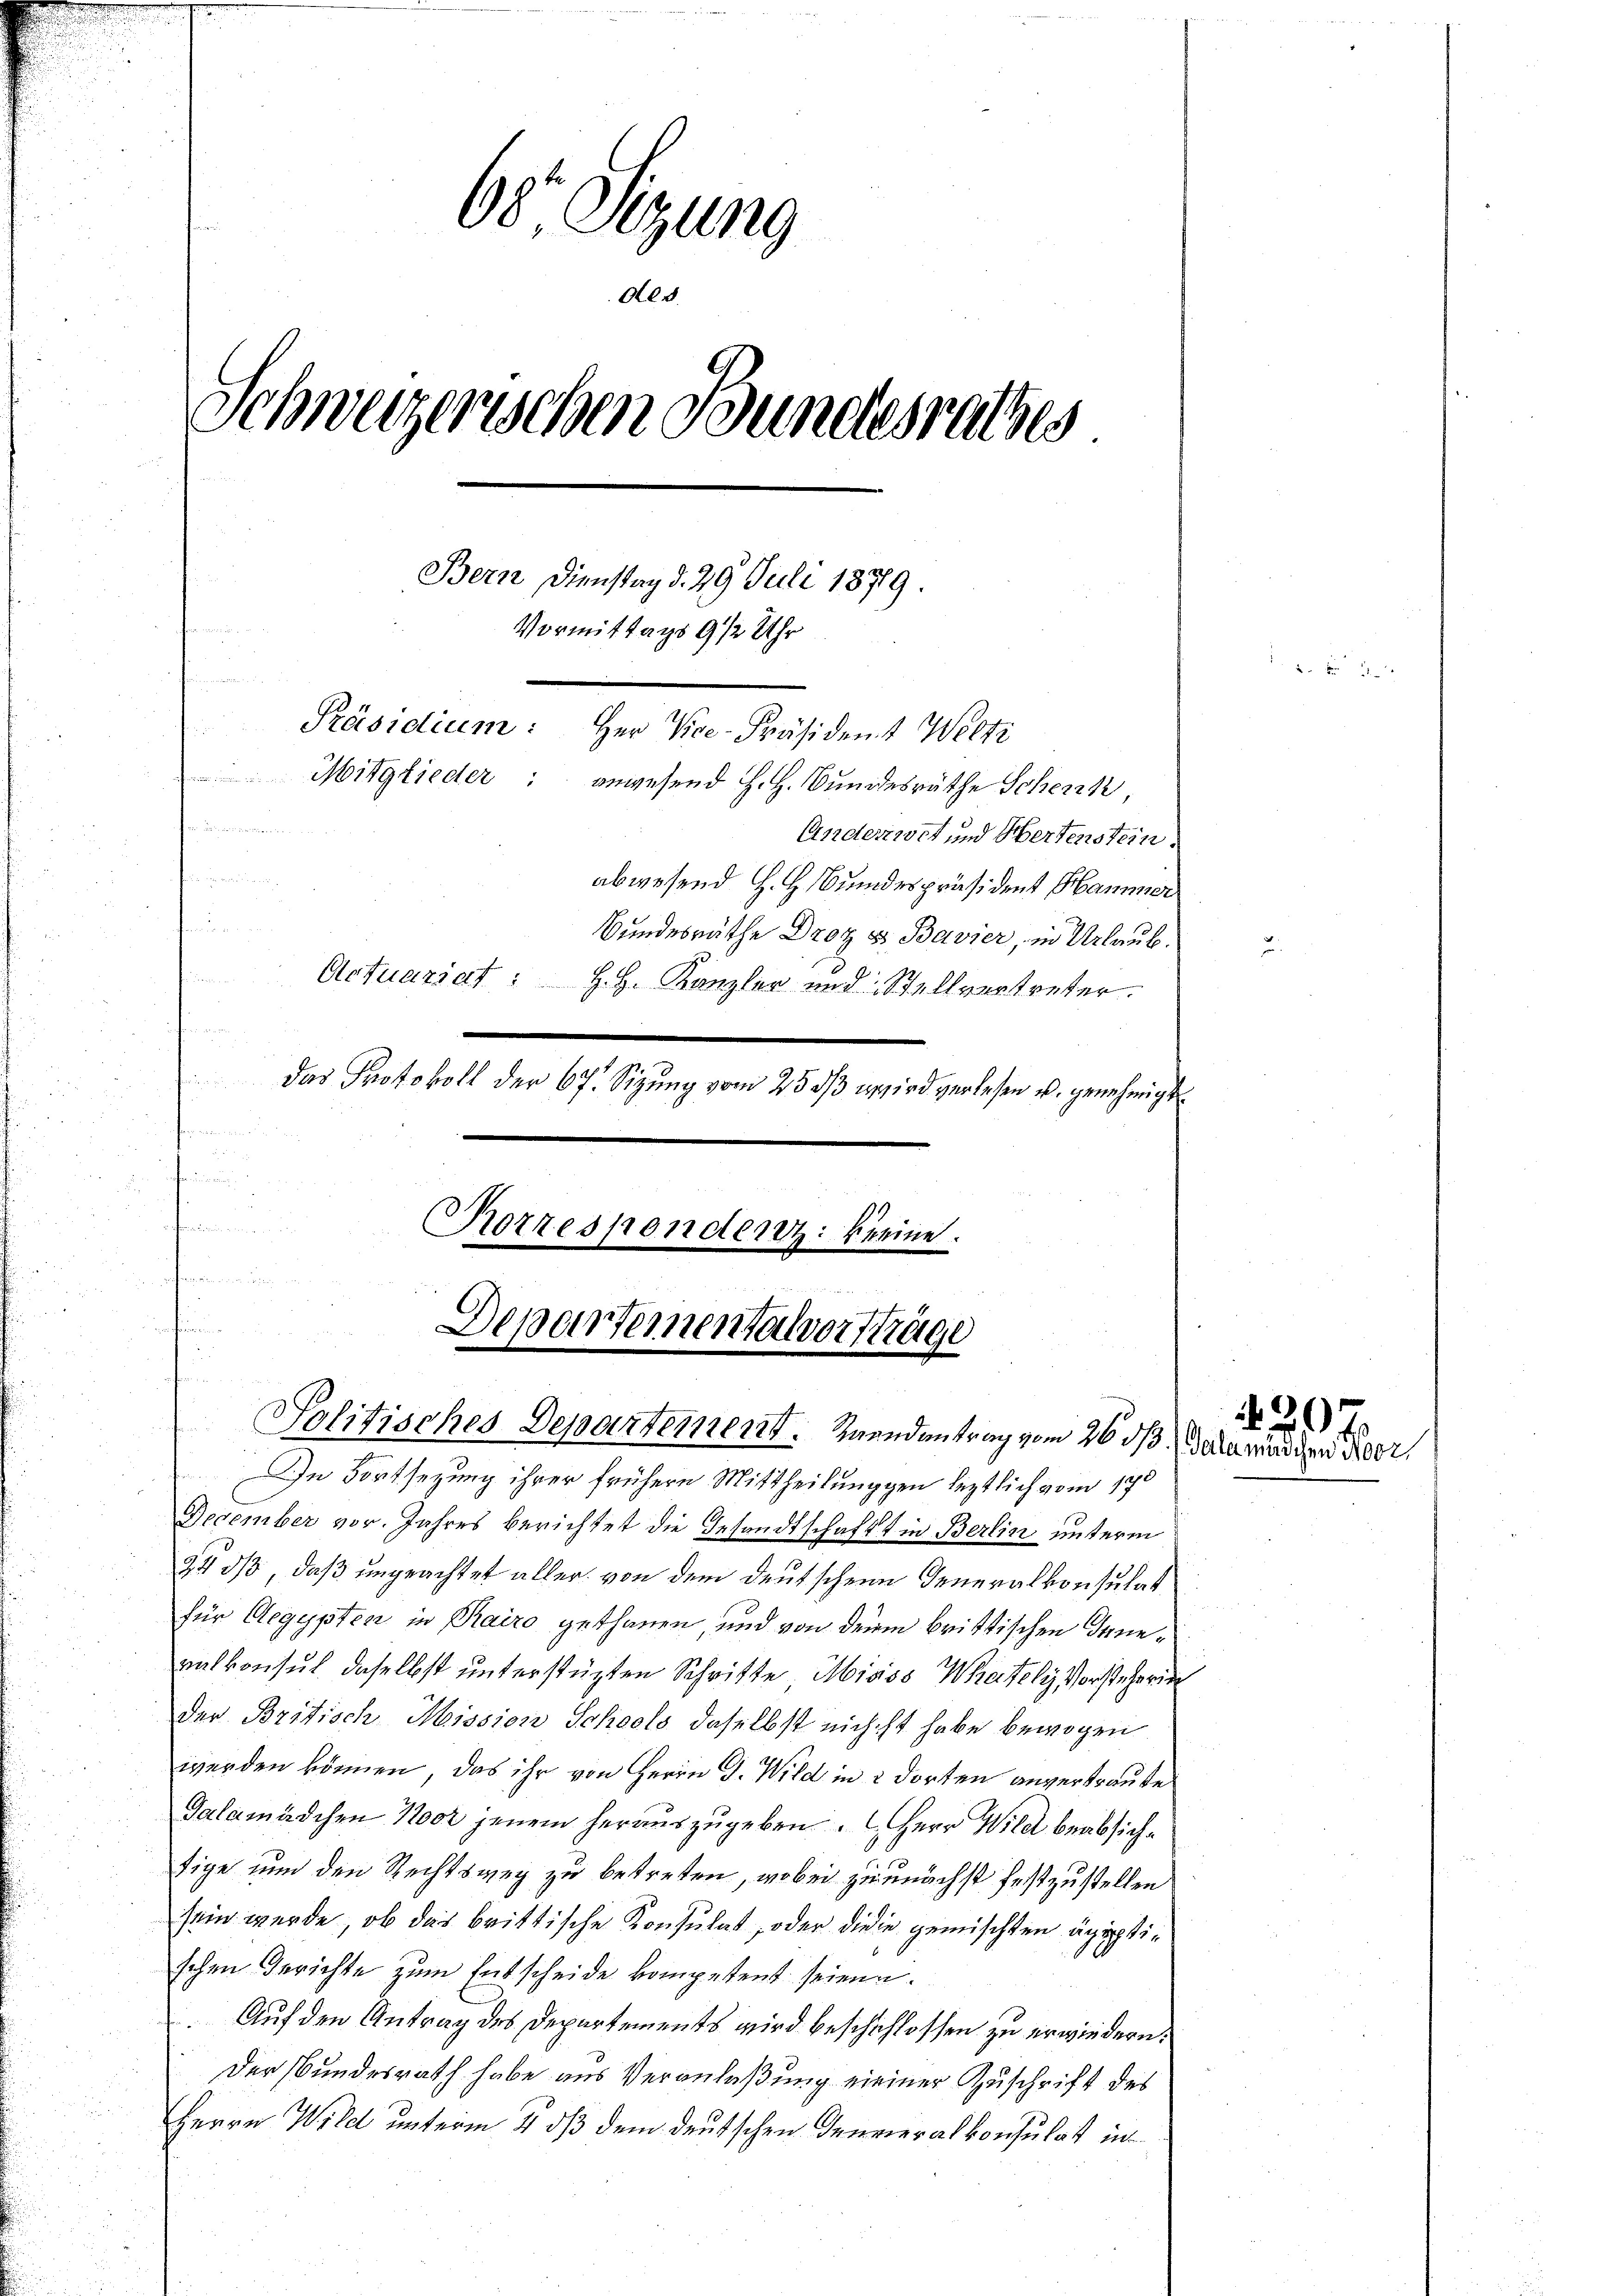
68. Sitzung
Ald
Schweizerischen Bundesrathes
Bern Dienstag d. 29 Juli 1879.
1814
1.
4
o 9 1/2 Uhr
Präsidium: Herr Vice-Präsident Welti
Mitglieder: anwesend H. H. Bundesräthe Scherzk
25 Seiter
Anderwet und Hertenstein.
abwesend H. H. Bundespräsident Hammer
Bundesräthe Droz & Bavier, in Urlaub¬
Actuariat: H. H. Kanzler und Stellvertreter.
e
u
das Protokoll der 67. Sizung vom 25. ds wird verlesen u. genehmigt
n

n
Korrespondenz: keine.

Departementalvorsträge
Solitisches Departement. Gendantrag vom 26 dß den werden Peer,

In Fortsezung ihrer frühere Mittheilungen leztlich vom 170
December vor. Jahres berichtet die Gesandtschafft in Berlin unterm
240, daß ungeachtet aller von dem deutschen Generalkonsulat
für Aegypten in Rairo gethanen, und von der brittischen Deueralkonsul daselbst unterstützten Schritte, Misss Wateli Vorstehering
der Britisch Mission Schools daselbst nicht habe bewogen
werden können, das ihr von Herrn G. Wild in 2 dorten anvertraute
Galamädchen Not jenem herauszugeben. Herr Wild beabsichtige nun den Rechtsweg zu betreten, wobei zunächst festzustellen
sein werde, ob das brittische Konsulat, oder dieie gemischten ägyptischen Gerichte zum Entscheide kompetent seien.
Auf den Antrag des Departements wird beschschlossen zu erwiedern.
Der Bundesrath habe aus Veranlaßung meiner Zuschrift des
Herrn Wild unterm 4 dß dem deutschen Generalkonsulat in

9)